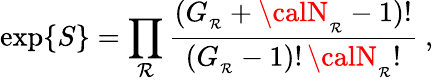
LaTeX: \exp\{ S\} =\prod_{\mathcal{R}}{\frac{{(G_{_\mathcal{R}}+{\calN}_{_\mathcal{R}}-1)!}}{{(G_{_\mathcal{R}}-1)!\, {\calN}_{_\mathcal{R}}!}}}\ ,